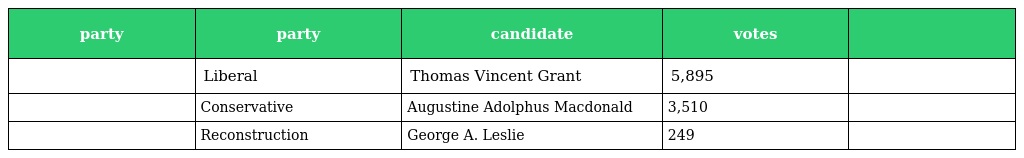
| party | party | candidate | votes |  |
 | --- | --- | --- | --- | --- |
 |  | Liberal | Thomas Vincent Grant | 5,895 |  |
 |  | Conservative | Augustine Adolphus Macdonald | 3,510 |  |
 |  | Reconstruction | George A. Leslie | 249 |  |